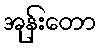
အုန်းတော